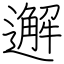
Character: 邂